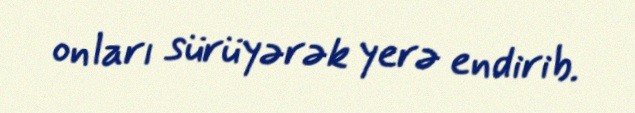
onları sürüyərək yerə endirib.